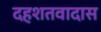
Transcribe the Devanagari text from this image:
दहशतवादास